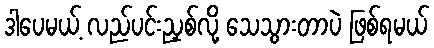
ဒါပေမယ့် လည်ပင်းညှစ်လို့ သေသွားတာပဲ ဖြစ်ရမယ်